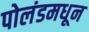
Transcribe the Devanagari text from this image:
पोलंडमधून